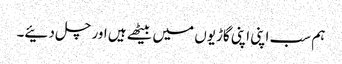
ہم سب اپنی اپنی گاڑیوں میں بیٹھے ہیں اور چل دئیے۔